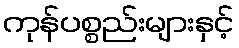
ကုန်ပစ္စည်းများနှင့်